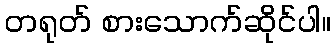
တရုတ် စားသောက်ဆိုင်ပါ။